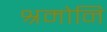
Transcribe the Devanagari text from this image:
श्रमोनि